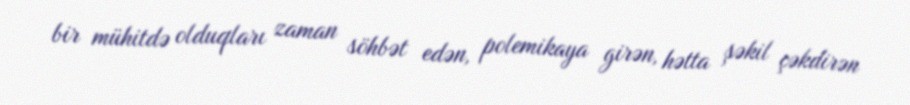
bir mühitdə olduqları zaman söhbət edən, polemikaya girən, hətta şəkil çəkdirən